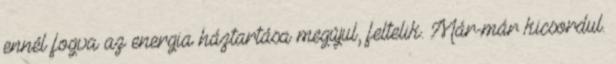
ennél fogva az energia háztartása megújul, feltelik. Már-már kicsordul.